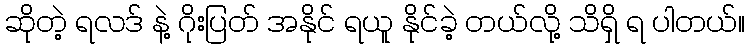
ဆိုတဲ့ ရလဒ် နဲ့ ဂိုးပြတ် အနိုင် ရယူ နိုင်ခဲ့ တယ်လို့ သိရှိ ရ ပါတယ်။